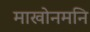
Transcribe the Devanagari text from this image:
माखोनमनि